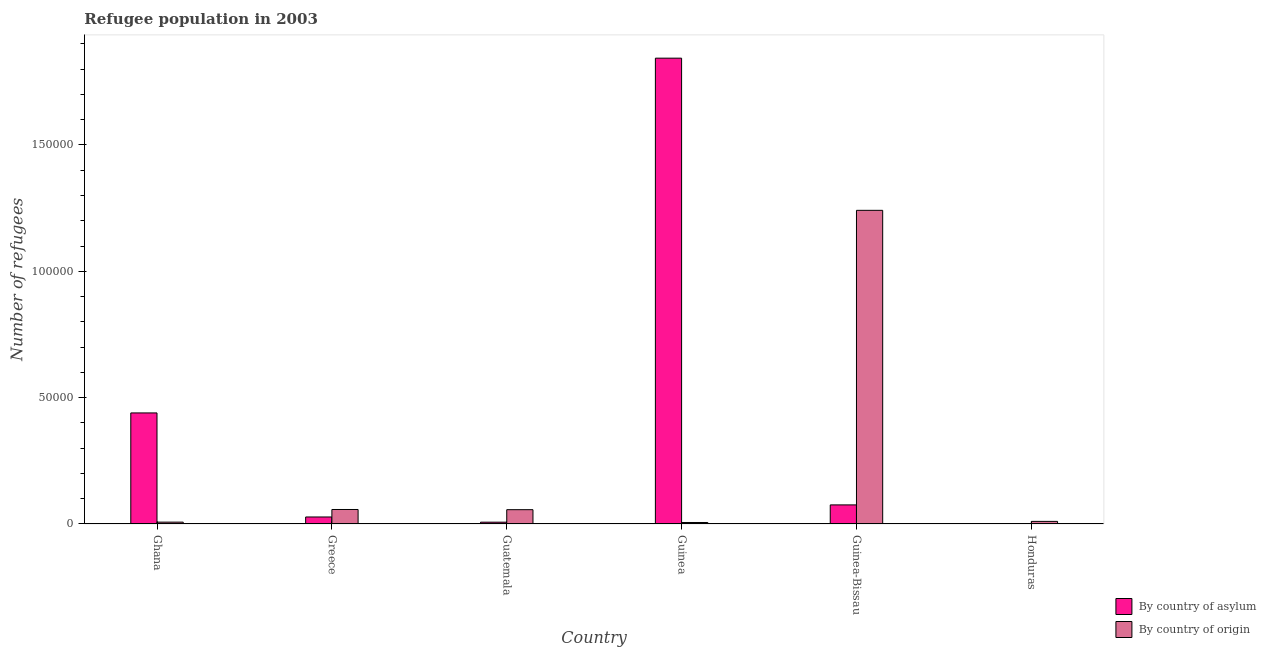
| Country | By country of asylum | By country of origin |
 | --- | --- | --- |
 | Ghana | 4.39e+04 | 730 |
 | Greece | 2.77e+03 | 5.74e+03 |
 | Guatemala | 715 | 5.66e+03 |
 | Guinea | 1.84e+05 | 591 |
 | Guinea-Bissau | 7.55e+03 | 1.24e+05 |
 | Honduras | 23 | 1.03e+03 |